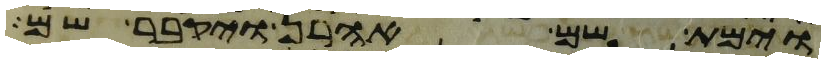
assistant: וימת שם אהרן ויקבר שם